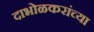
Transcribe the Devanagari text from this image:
दाभोळकरांच्या